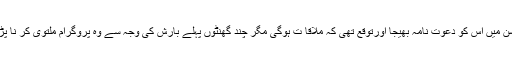
اور پھر ایک دفعہ رائٹرز فورم کنونشن میں اس کو دعوت نامہ بھیجا اورتوقع تھی کہ ملاقا ت ہوگی مگر چند گھنٹوں پہلے بارش کی وجہ سے وہ پروگرام ملتوی کر نا پڑا اور ملاقات کی آ رزو تشنہ رہ گئی۔